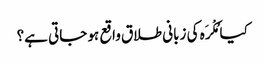
کیا مُکْرَہ کی زبانی طلاق واقع ہو جاتی ہے؟